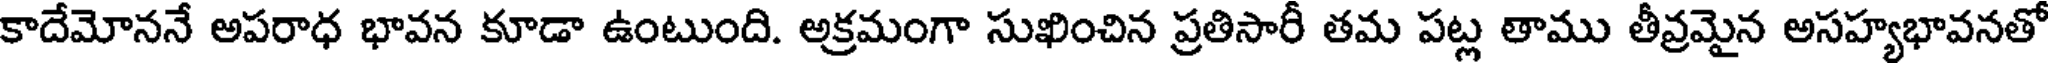
కాదేమోననే అపరాధ భావన కూడా ఉంటుంది. అక్రమంగా సుఖించిన ప్రతిసారీ తమ పట్ల తాము తీవ్రమైన అసహ్యభావనతో